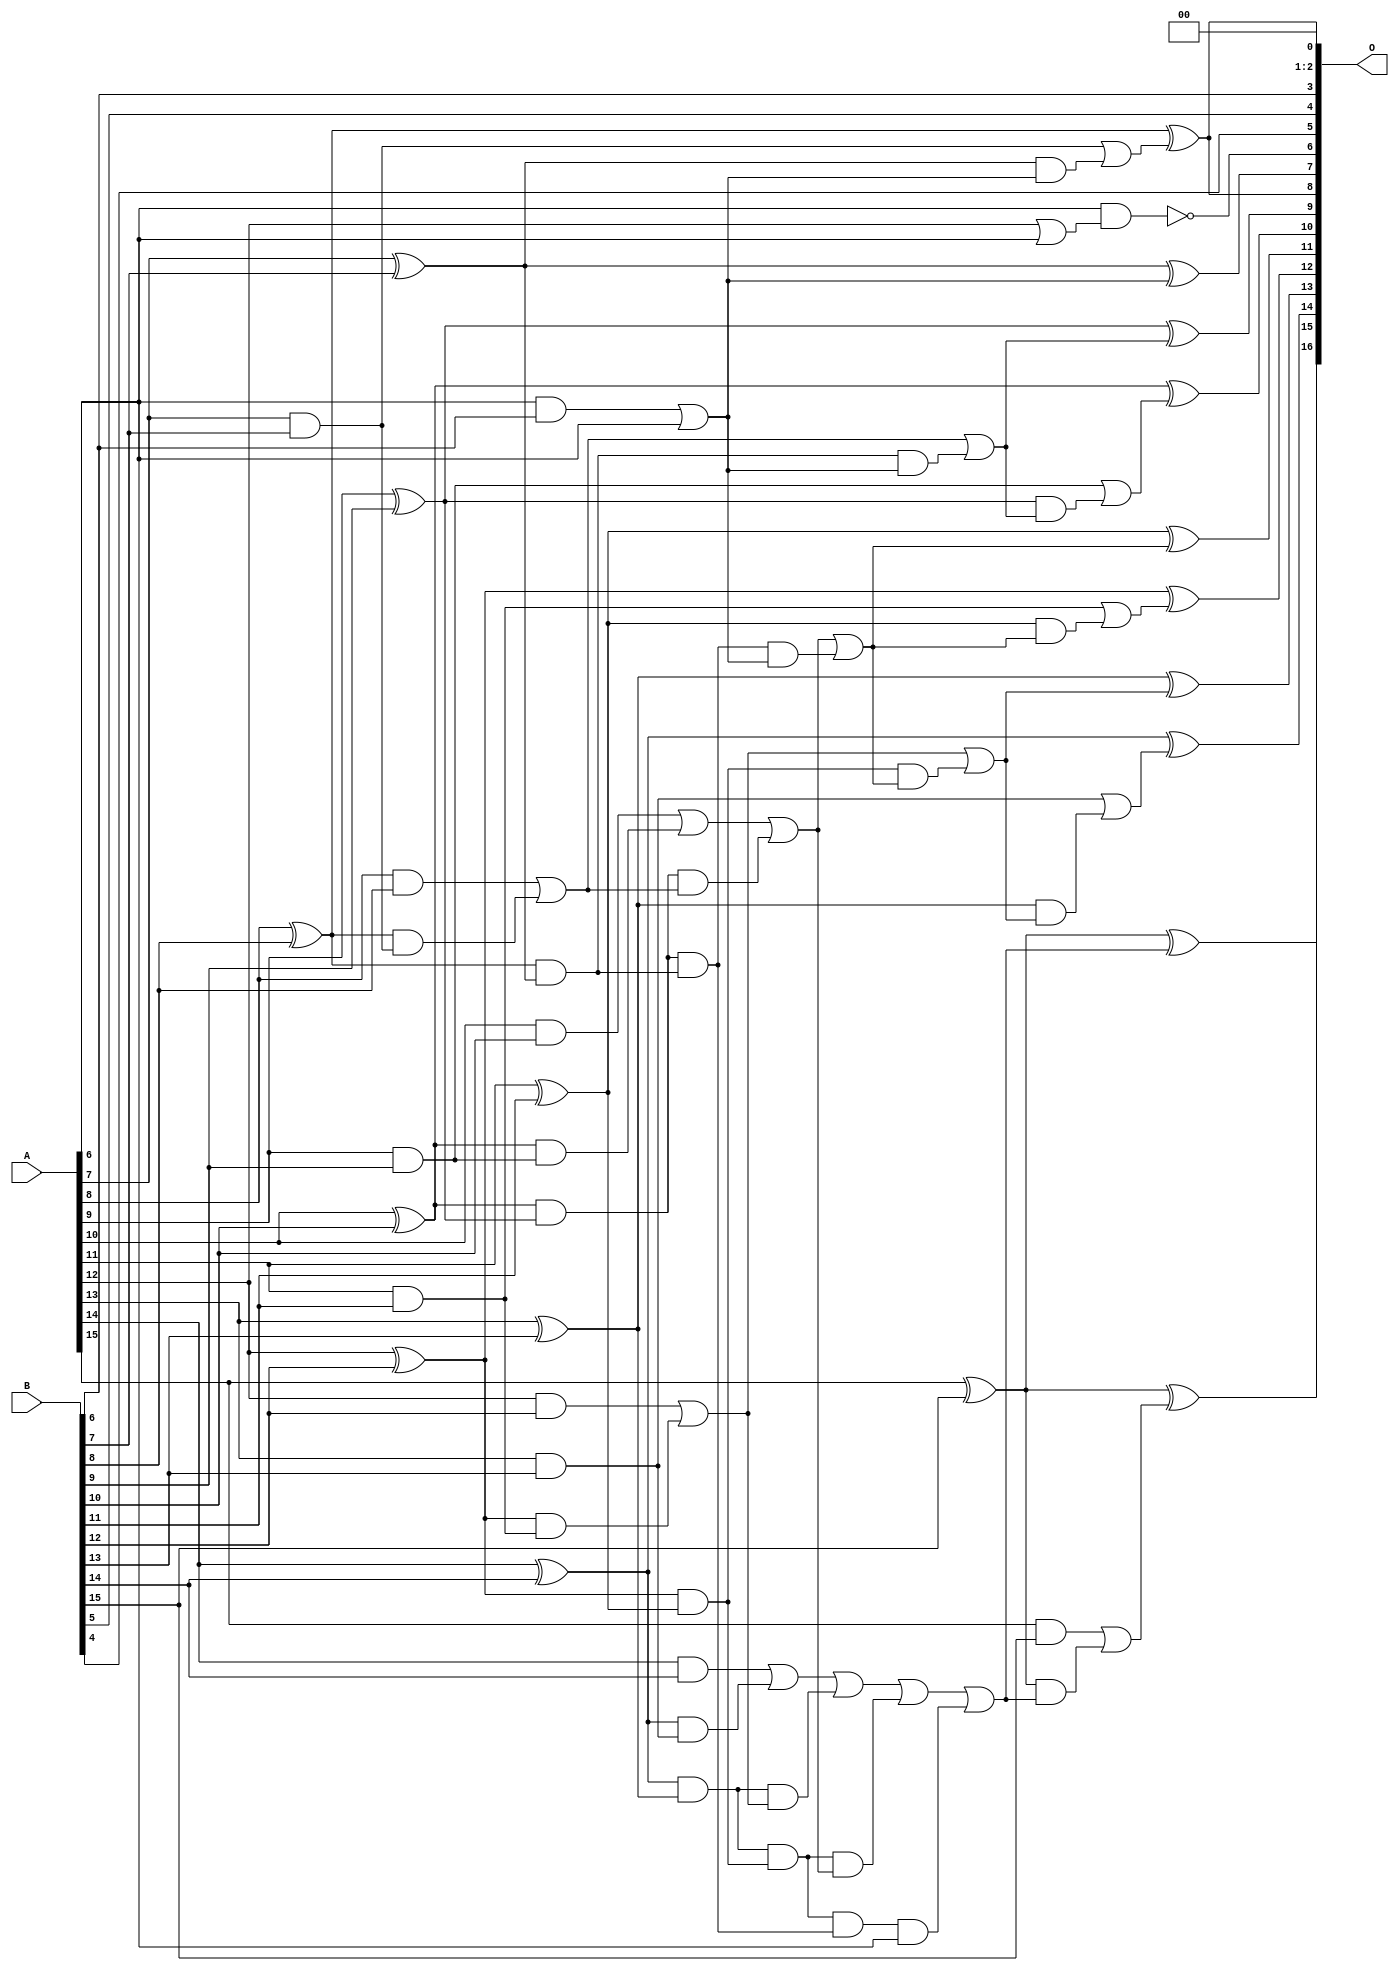
// This program was cloned from: https://github.com/ehw-fit/evoapproxlib
// License: MIT License

/***
* This code is a part of EvoApproxLib library (ehw.fit.vutbr.cz/approxlib) distributed under The MIT License.
* When used, please cite the following article(s): V. Mrazek, L. Sekanina, Z. Vasicek "Libraries of Approximate Circuits: Automated Design and Application in CNN Accelerators" IEEE Journal on Emerging and Selected Topics in Circuits and Systems, Vol 10, No 4, 2020 
* This file contains a circuit from a sub-set of pareto optimal circuits with respect to the pwr and mse parameters
***/
// MAE% = 0.046 %
// MAE = 30 
// WCE% = 0.13 %
// WCE = 86 
// WCRE% = 6300.00 %
// EP% = 99.02 %
// MRE% = 0.96 %
// MSE = 1281 
// PDK45_PWR = 0.043 mW
// PDK45_AREA = 85.9 um2
// PDK45_DELAY = 0.76 ns

module add16se_2AS (
    A,
    B,
    O
);

input [15:0] A;
input [15:0] B;
output [16:0] O;

wire sig_44,sig_46,sig_47,sig_48,sig_49,sig_50,sig_51,sig_52,sig_53,sig_54,sig_55,sig_56,sig_57,sig_58,sig_59,sig_60,sig_61,sig_62,sig_63,sig_64;
wire sig_74,sig_75,sig_76,sig_77,sig_78,sig_79,sig_80,sig_81,sig_82,sig_83,sig_84,sig_85,sig_90,sig_91,sig_92,sig_93,sig_94,sig_95,sig_96,sig_99;
wire sig_100,sig_101,sig_102,sig_103,sig_104,sig_105,sig_108,sig_109,sig_110,sig_111,sig_117,sig_118,sig_119,sig_120,sig_121,sig_122,sig_123,sig_124,sig_125,sig_126;
wire sig_127,sig_133,sig_134,sig_135,sig_136,sig_137,sig_138,sig_139,sig_140,sig_141,sig_142,sig_143;

assign sig_44 = A[6] & B[6];
assign sig_46 = A[7] & B[7];
assign sig_47 = A[7] ^ B[7];
assign sig_48 = A[8] & B[8];
assign sig_49 = A[8] ^ B[8];
assign sig_50 = A[9] & B[9];
assign sig_51 = A[9] ^ B[9];
assign sig_52 = A[10] & B[10];
assign sig_53 = A[10] ^ B[10];
assign sig_54 = A[11] & B[11];
assign sig_55 = A[11] ^ B[11];
assign sig_56 = A[12] & B[12];
assign sig_57 = A[12] ^ B[12];
assign sig_58 = A[13] & B[13];
assign sig_59 = A[13] ^ B[13];
assign sig_60 = A[14] & B[14];
assign sig_61 = A[14] ^ B[14];
assign sig_62 = A[15] & B[15];
assign sig_63 = A[15] ^ B[15];
assign sig_64 = A[15] ^ B[15];
assign sig_74 = sig_49 & sig_46;
assign sig_75 = sig_49 & sig_47;
assign sig_76 = sig_48 | sig_74;
assign sig_77 = sig_53 & sig_50;
assign sig_78 = sig_53 & sig_51;
assign sig_79 = sig_52 | sig_77;
assign sig_80 = sig_57 & sig_54;
assign sig_81 = sig_57 & sig_55;
assign sig_82 = sig_56 | sig_80;
assign sig_83 = sig_61 & sig_58;
assign sig_84 = sig_61 & sig_59;
assign sig_85 = sig_60 | sig_83;
assign sig_90 = sig_44 | A[6];
assign sig_91 = sig_78 & sig_76;
assign sig_92 = sig_78 & sig_75;
assign sig_93 = sig_79 | sig_91;
assign sig_94 = sig_84 & sig_82;
assign sig_95 = sig_84 & sig_81;
assign sig_96 = sig_85 | sig_94;
assign sig_99 = sig_95 & sig_93;
assign sig_100 = sig_95 & sig_92;
assign sig_101 = sig_96 | sig_99;
assign sig_102 = sig_100 & A[6];
assign sig_103 = sig_101 | sig_102;
assign sig_104 = sig_92 & sig_90;
assign sig_105 = sig_93 | sig_104;
assign sig_108 = sig_75 & sig_90;
assign sig_109 = sig_76 | sig_108;
assign sig_110 = sig_81 & sig_105;
assign sig_111 = sig_82 | sig_110;
assign sig_117 = A[12] | A[6];
assign sig_118 = sig_47 & sig_90;
assign sig_119 = sig_46 | sig_118;
assign sig_120 = sig_51 & sig_109;
assign sig_121 = sig_50 | sig_120;
assign sig_122 = sig_55 & sig_105;
assign sig_123 = sig_54 | sig_122;
assign sig_124 = sig_59 & sig_111;
assign sig_125 = sig_58 | sig_124;
assign sig_126 = sig_63 & sig_103;
assign sig_127 = sig_62 | sig_126;
assign sig_133 = ~(A[6] & sig_117);
assign sig_134 = sig_47 ^ sig_90;
assign sig_135 = sig_49 ^ sig_119;
assign sig_136 = sig_51 ^ sig_109;
assign sig_137 = sig_53 ^ sig_121;
assign sig_138 = sig_55 ^ sig_105;
assign sig_139 = sig_57 ^ sig_123;
assign sig_140 = sig_59 ^ sig_111;
assign sig_141 = sig_61 ^ sig_125;
assign sig_142 = sig_63 ^ sig_103;
assign sig_143 = sig_64 ^ sig_127;

assign O[16] = sig_143;
assign O[15] = sig_142;
assign O[14] = sig_141;
assign O[13] = sig_140;
assign O[12] = sig_139;
assign O[11] = sig_138;
assign O[10] = sig_137;
assign O[9] = sig_136;
assign O[8] = sig_135;
assign O[7] = sig_134;
assign O[6] = sig_133;
assign O[5] = B[4];
assign O[4] = B[5];
assign O[3] = B[6];
assign O[2] = 1'b0;
assign O[1] = 1'b0;
assign O[0] = sig_135;

endmodule